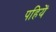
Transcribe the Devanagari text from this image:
पहियें